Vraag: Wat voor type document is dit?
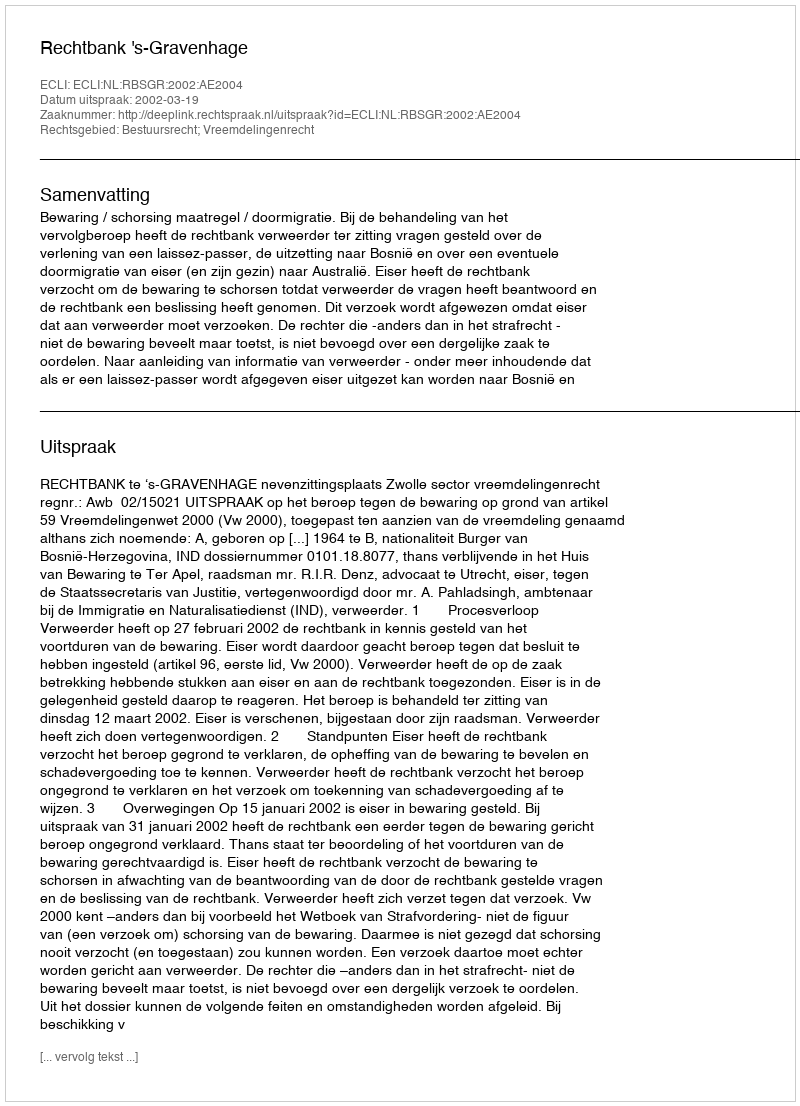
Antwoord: Uitspraak